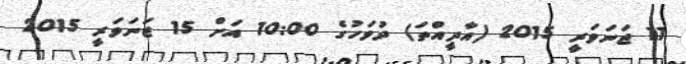
11 ޖަނަވަރީ 2015 (އާދީއްތަ) ދުވަހުގެ 10:00 އަށް 15 ޖަނަވަރީ 2015